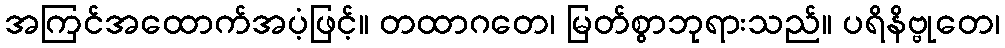
အကြင်အထောက်အပံ့ဖြင့်။ တထာဂတေ၊ မြတ်စွာဘုရားသည်။ ပရိနိဗ္ဗုတေ၊